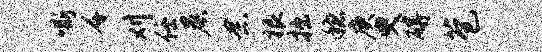
嘶千刈任晨念根拙稳庚臾碍苞